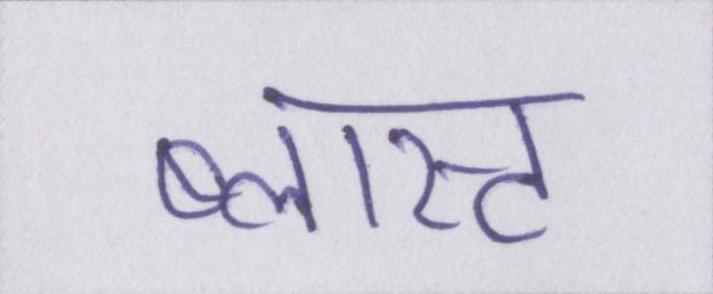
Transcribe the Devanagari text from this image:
ब्लास्ट